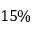
1 5 \%